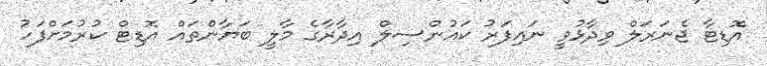
އޮޑިޓާ ޖެނަރަލް ވިދާޅުވީ ނައިފަރު ކައުންސިލް އިދާރާގެ މާލީ ބަޔާންތައް އޮޑިޓް ކުރުމަށްފަހު